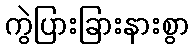
ကွဲပြားခြားနားစွာ